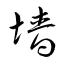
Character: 墻